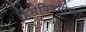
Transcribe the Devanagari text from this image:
हिंसेविषयीच्या